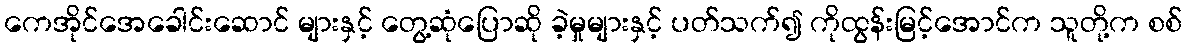
ကေအိုင်အေခေါင်းဆောင် များနှင့် တွေ့ဆုံပြောဆို ခဲ့မှုများနှင့် ပတ်သက်၍ ကိုထွန်းမြင့်အောင်က သူတို့က စစ်